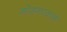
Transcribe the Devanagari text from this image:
जोडनावाने